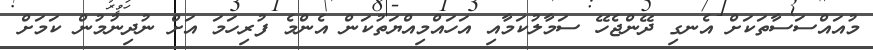
މުއައްސަސާތަކަށް އެނގި ދޭންޖެހޭ ސަމާލުކަމާއި އަހައްމިއްޔަތުކަން އެންމެ ފުރިހަމަ އަށް ނުދިނުމުން ކަަމަށް